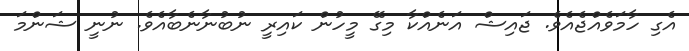
އެގި ހާމަވެއްޖެއެވެ. ޖައިޝް އަނެއްކާ މިގޭ މީހުން ކައިރީ ނުބުނާނެބާއެވެ. ނުނީ ޝަންމަ